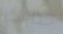
حذاءك